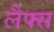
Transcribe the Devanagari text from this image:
लैफ्स